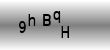
Text: 9hBqH